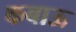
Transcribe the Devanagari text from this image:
कबाऊ